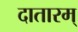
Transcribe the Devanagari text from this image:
दातारम्